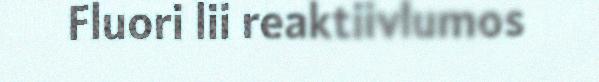
Fluori lii reaktiivlumos